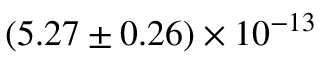
( 5 . 2 7 \pm 0 . 2 6 ) \times 1 0 ^ { - 1 3 }